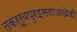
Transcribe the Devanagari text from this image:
तकर्रूबपुरइसराजखेडी